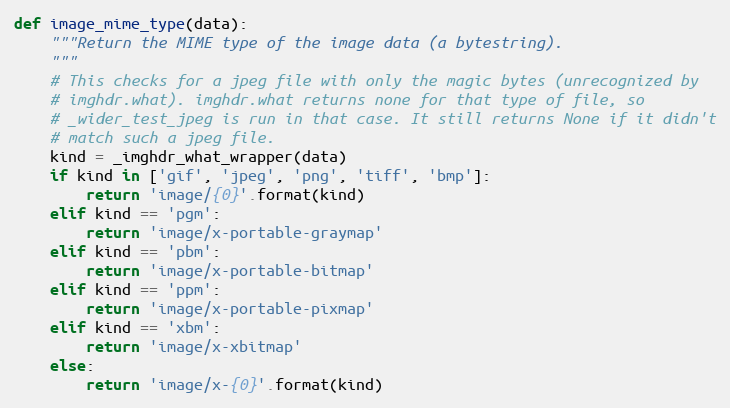
Language: Python
def image_mime_type(data):
    """Return the MIME type of the image data (a bytestring).
    """
    # This checks for a jpeg file with only the magic bytes (unrecognized by
    # imghdr.what). imghdr.what returns none for that type of file, so
    # _wider_test_jpeg is run in that case. It still returns None if it didn't
    # match such a jpeg file.
    kind = _imghdr_what_wrapper(data)
    if kind in ['gif', 'jpeg', 'png', 'tiff', 'bmp']:
        return 'image/{0}'.format(kind)
    elif kind == 'pgm':
        return 'image/x-portable-graymap'
    elif kind == 'pbm':
        return 'image/x-portable-bitmap'
    elif kind == 'ppm':
        return 'image/x-portable-pixmap'
    elif kind == 'xbm':
        return 'image/x-xbitmap'
    else:
        return 'image/x-{0}'.format(kind)